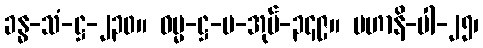
ခန္ဓ-သံ-ဋ္ဌ-၂၃၀။ ဓမ္မ-ဋ္ဌ-ပ-အုပ်-၃၄၉။ မဟာနိ-ပါ-၂၅၊